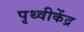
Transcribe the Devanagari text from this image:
पृथ्वीकेंद्र